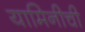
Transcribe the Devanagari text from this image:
यामिनीची